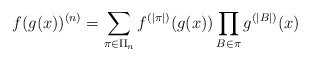
\begin{align*} f(g(x))^{(n)} = \sum_{\pi\in\Pi_n}f^{(|\pi|)}(g(x)) \prod_{B\in\pi} g^{(|B|)}(x) \end{align*}